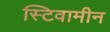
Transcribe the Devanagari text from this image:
स्टिवामीन